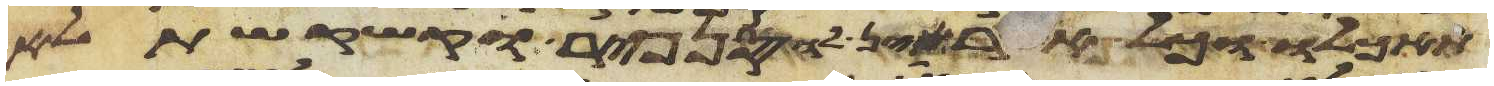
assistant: תאכלו וכל אשר אין לו סנפיר וקשקשת לא